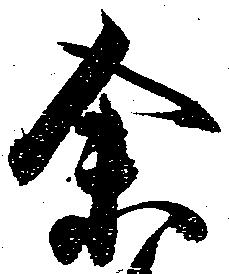
余